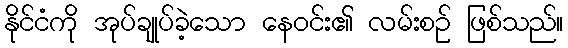
နိုင်ငံကို အုပ်ချုပ်ခဲ့သော နေဝင်း၏ လမ်းစဉ် ဖြစ်သည်။